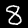
Label: 8